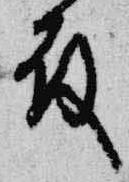
殿